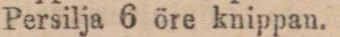
Persilja 6 öre knippan.